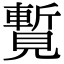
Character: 覱